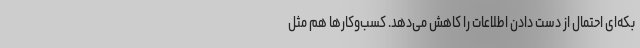
بکه‌ای احتمال از دست دادن اطلاعات را کاهش می‌دهد. کسب‌و‌کارها هم مثل